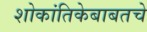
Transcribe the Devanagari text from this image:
शोकांतिकेबाबतचे